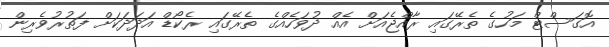
އޮގަސްޓް މަހުގެ ތެރޭގައި ރާއްޖެއަށް އެއް ދުވަހެއްގެ ތެރޭގައި ރެކޯޑް އަދަދަކަށް ފަތުރުވެރިން